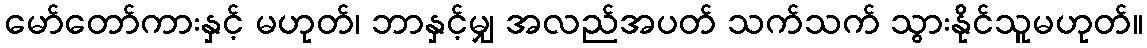
မော်တော်ကားနှင့် မဟုတ်၊ ဘာနှင့်မျှ အလည်အပတ် သက်သက် သွားနိုင်သူမဟုတ်။